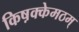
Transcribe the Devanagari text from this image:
किष़क्केमठम्